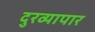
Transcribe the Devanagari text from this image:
दुरव्यापार